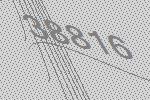
38816